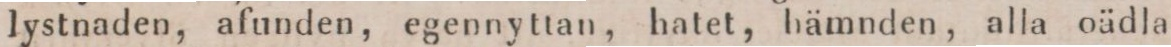
lystnaden, afunden, egennyttan, hatet, hämnden, alla oädla